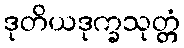
ဒုတိယဒုက္ခသုတ္တံ